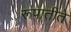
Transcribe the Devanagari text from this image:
रूपातीते